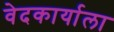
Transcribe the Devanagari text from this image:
वेदकार्याला